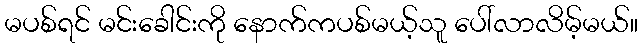
မပစ်ရင် မင်းခေါင်းကို နောက်ကပစ်မယ့်သူ ပေါ်လာလိမ့်မယ်။